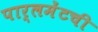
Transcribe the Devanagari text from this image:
पार्लमेंटची